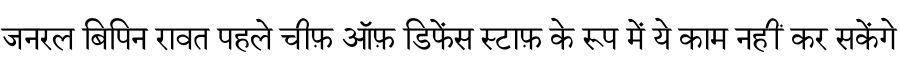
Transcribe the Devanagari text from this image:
जनरल बिपिन रावत पहले चीफ़ ऑफ़ डिफेंस स्टाफ़ के रूप में ये काम नहीं कर सकेंगे